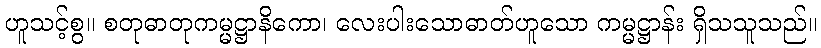
ဟူသင့်စွ။ စတုဓာတုကမ္မဋ္ဌာနိကော၊ လေးပါးသောဓာတ်ဟူသော ကမ္မဋ္ဌာန်း ရှိသသူသည်။